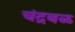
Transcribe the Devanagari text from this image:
चंद्रबळ